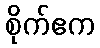
စိုက်ဧက